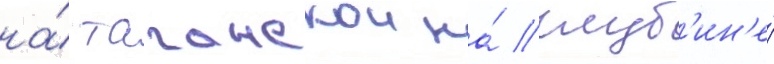
на́ таганскои на́ глуб'ин'е́